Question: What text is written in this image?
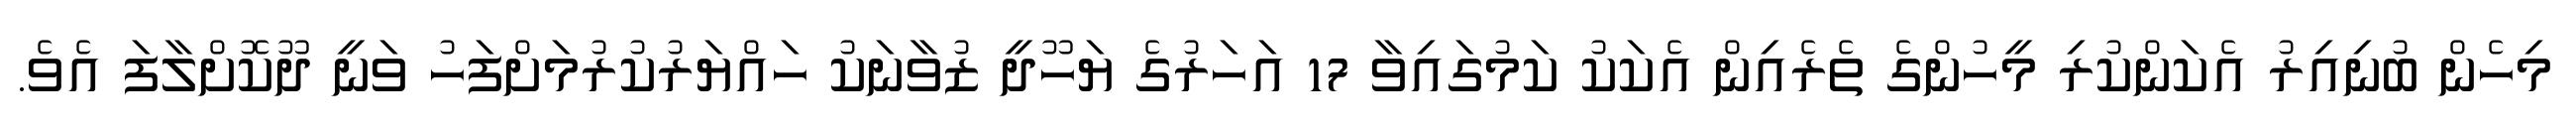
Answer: މިހެން ބުނިއިރު އެކަންކުރި މީހުންގެ ތެރެއިން އެކަކު ކަމުގައިވާ 17 އަހަރުގެ ޔަހޫދީ ޒުވާނަކު ހައްޔަރުކުރުމަށްފަހު ވަނީ ދޫކޮށްލާފަ އެވެ.